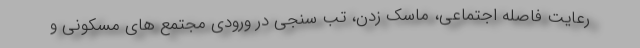
رعایت فاصله اجتماعی، ماسک زدن، تب سنجی در ورودی مجتمع های مسکونی و